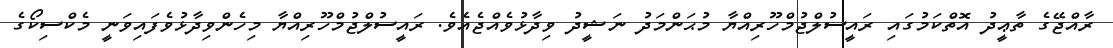
ރާއްޖޭގެ ތާޢީދު އޮތްކަމުގައި ރައީސުލްޖުމްހޫރިއްޔާ މުޙަންމަދު ނަޝީދު ވިދާޅުވެއްޖެއެވެ. ރައީސުލްޖުމްހޫރިއްޔާ މިހެންވިދާޅުވެފައިވަނީ މެކްސިކޯގެ